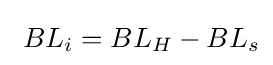
\ {BL_{i}}={BL_{H}}-{BL_{s}}